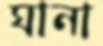
ঘানা